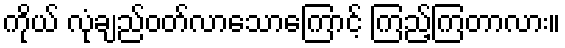
ကိုယ် လုံချည်ဝတ်လာသောကြောင့် ကြည့်ကြတာလား။